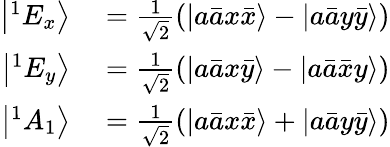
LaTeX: \begin{array}{rl}{\left|^{1}E_{x}\right\rangle}&{{}=\frac{1}{\sqrt{2}}\left(\left|a\bar{a}x\bar{x}\right\rangle-\left|a\bar{a}y\bar{y}\right\rangle\right)}\\ {\left|^{1}E_{y}\right\rangle}&{{}=\frac{1}{\sqrt{2}}\left(\left|a\bar{a}x\bar{y}\right\rangle-\left|a\bar{a}\bar{x}y\right\rangle\right)}\\ {\left|^{1}A_{1}\right\rangle}&{{}=\frac{1}{\sqrt{2}}\left(\left|a\bar{a}x\bar{x}\right\rangle+\left|a\bar{a}y\bar{y}\right\rangle\right)}\end{array}